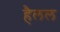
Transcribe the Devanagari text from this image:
हैलल